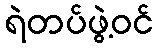
ရဲတပ်ဖွဲ့ဝင်